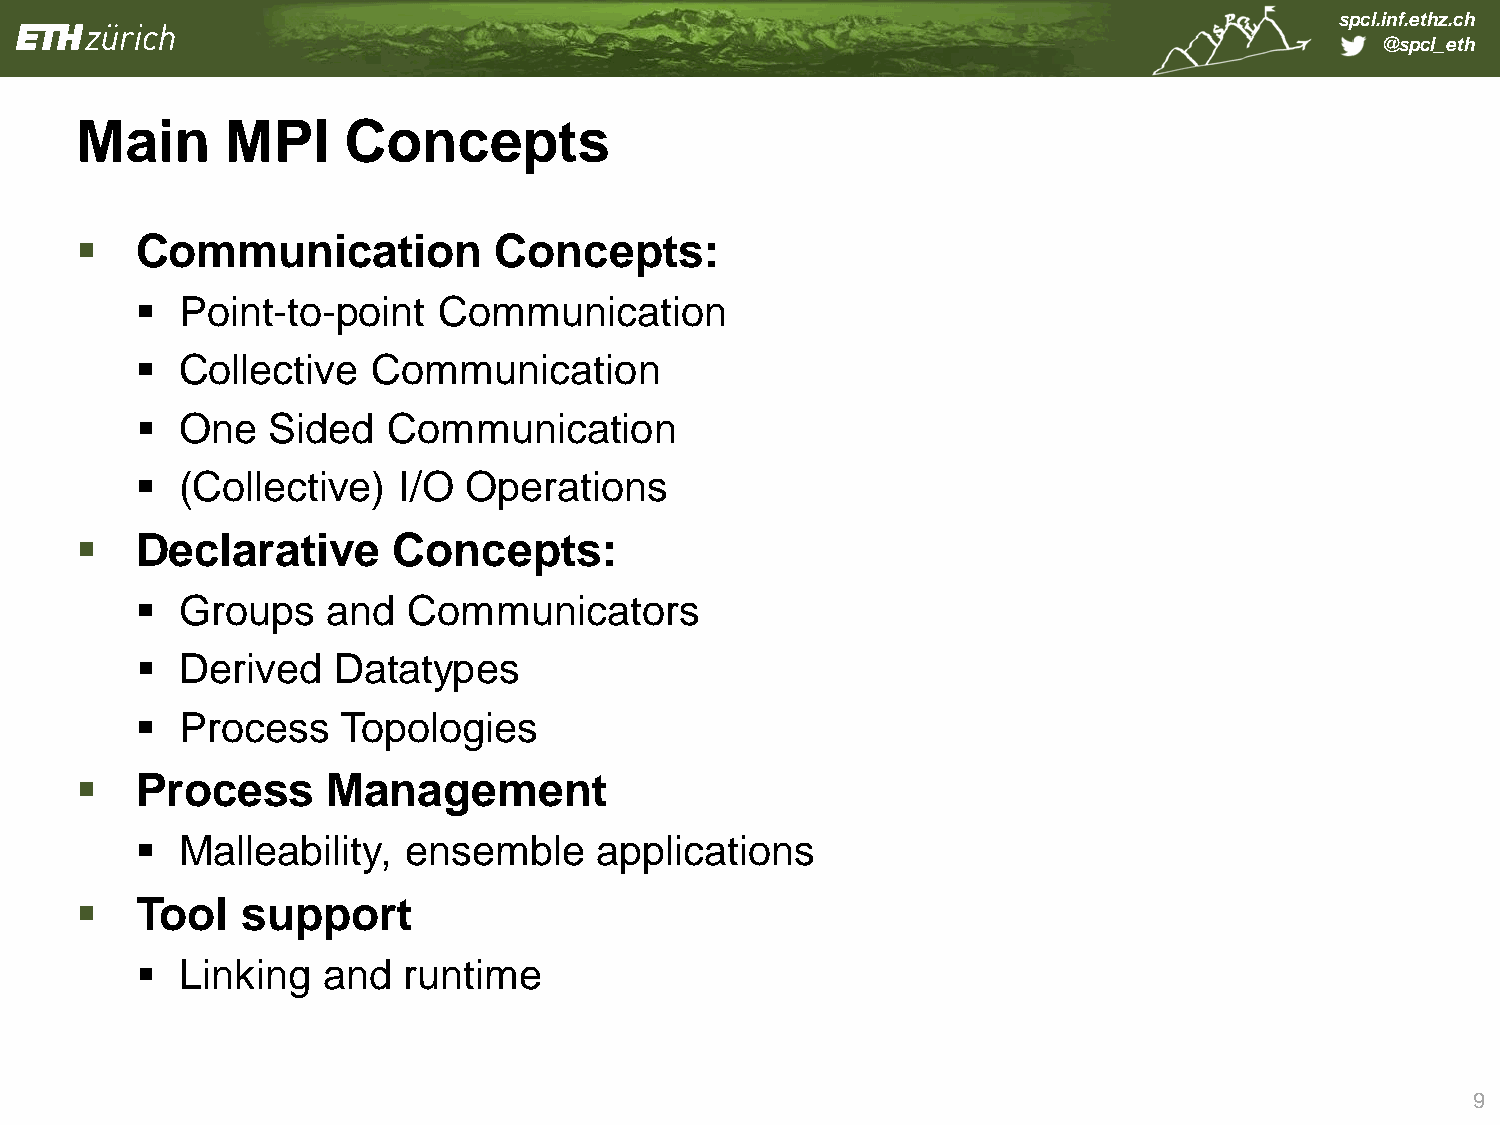
spcl.inf.ethz.ch
 @spcl_eth
 Main      MPI     Concepts
    Communication           Concepts:
   Point-to-point   Communication
   Collective   Communication
   One   Sided   Communication
   (Collective)  I/O  Operations
    Declarative      Concepts:
   Groups    and  Communicators
   Derived   Datatypes
   Process   Topologies
    Process      Management
   Malleability,  ensemble     applications
    Tool   support
   Linking  and   runtime
 9